Vital statistics of India. Vol. V, Reports of 1876 on armies & jails and on epidemic cholera
Year: 1876
Disease focus: Cholera
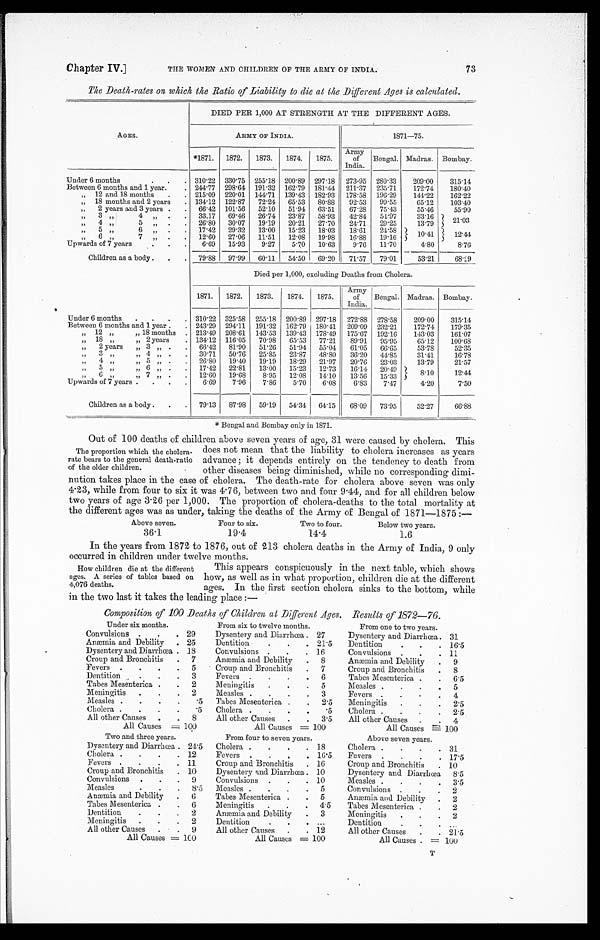
Chapter IV.] THE WOMEN AND CHILDREN OF THE ARMY OF INDIA. 73
The Death-rates on which the Ratio of Liability to die at the Different Ages is calculated.
AGES.
DIED PER 1,000 AT STRENGTH AT THE DIFFERENT AGES.
ARMY OF INDIA.
1 8 7 1 — 7 5 .
*1871. 1872. 1873. 1874. 1875. Army of
India. Bengal. Madras. Bombay.
Under 6 months
310.22 330.75 255.18 200.89 297.18 273.95 280.33 209.00 315.14
Between 6 months and 1 year
244.77 298.64 191.32 162.79 181.44 211.37 235.71 172.74 1 8 0 . 4 0
„ 12 and 18 months
215.09 220.01 144.71 139.43 182.93 178.58 196.29 141.22 162.22
„ 18 months and 2 years
134.12 122.87 72.24 65.53 80.88 92.53 99.55 65.12 103.40
„ 2 years and 3 years
66.42 101.56 52.10 51.94 63.51 67.28 75.43 55.46 55.90
„ 3 „ 4„ 33.17 69.46 26.74 23.87 58.93 42.84 54.97 33.16 21.03
„ 4 „
5 „
26.80 30.07 19.19 20.21 27.70 24.71 29.25 13.79
„ 5 „
6 „
17.42 29.32 13.00 15.23 18.03 18.61 24.58 10.41 12.44
„
6 „ 7 „
12.60 27.06 11.51 12.08 19.98 16.88 19.16
Upwards of 7 years
6.69 15.93 9.27 5.70 10.63 9.76 11.70
4.80
8.76
Children as a body
79.88 97.99 60.11 54.50 69.20 71.5 79.01 53.21 6 8 . 2 9
Died per 1,000, excluding Deaths from Cholera.
1871. 1872. 1873. 1874. 1875. Army of
India. Bengal. Madras. Bombay.
Under 6 months
310.22 325.58 255.18 200.89 297.18 272.88 278.58 209.00 315.14
Between 6 months and 1 year
243.29 294.11 191.32 162.79 180.41 209.09 232.21 172.74 179.35
„ 12 „ „ 18 months 213.49 208.61 143.53 139.43 178.49 175.67 192.16 143.03 161.07
„ 1 8 „ „
2 years
134.12 116.05 70.98 65.53 77.21 89.91 95.95 65.12 100.68
„
2 years „ 3 „
66.42 81.90 51.26 51.94 55.04 61.05 66.65 53.78 52.35
„ 3 „ „
4 „
30.71 50.76 25.85 23.87 48.80 36.20 44.85 31.41 16.78
„ 4 „ „
5 „
26.80 19.40 19.19 18.29 21.97 20.76 23.03 13.79 21.57
„ 5 „ „
6 „
17.42 22.81 13.00 15.23 12.73 16.14 20.49
8.10 12.44
„ 6 „ „ 7 „
12.60 19.68 8.95 12.08 14.10 13.56 15.33
Upwards of 7 years
6.69 7.96 7.86 5.70 6.08 6.83 7.47
4.20
7.50
Children as a body
79.13 87.98 59.19 54.34 64.1 5 68.09 73.95 52.27 6 6 . 8 8
*Bengal and Bombay only in 1871.
Out of 100 deaths of children above seven years of age, 31 were caused by cholera. This
does not mean that the liability to cholera increases as years
advance; it depends entirely on the tendency to death from
other diseases being diminished, while no corresponding dimi-
nution takes place in the case of cholera. The death-rate for cholera above seven was only
4.23, while from four to six it was 4.76, between two and four 9.44, and for all children below
two years of age 3.26 per 1,000. The proportion of cholera-deaths to the total mortality at
the different ages was as under, taking the deaths of the Army of Bengal of 1871—1875:—
Above seven.
Four to six.
Two to four.
Below two years.
36.1
19.4
14.4
1.6
In the years from 1872 to 1876, out of 213 cholera deaths in the Army of India, 9 only
occurred in children under twelve months.
This appears conspicuously in the next table, which shows
how, as well as in what proportion, children die at the different
ages. In the first section cholera sinks to the bottom, while
in the two last it takes the leading place:—
Composition of 100 Deaths of Children at Different Ages. Results of 1872—76.
Under six months.
From six to twelve months.
From one to two years.
Convulsions
29 Dysentery and Diarrhœa. 27
Dysentery and Diarrhœa. 31
Anæmia and Debility
25 Dentition
21.5 Dentition
1 6 . 5
Dysentery and Diarrhœa. 18 Convulsions
16
Convulsions
11
Croup and Bronchitis
7 Anæmia and Debility
8
Anæmia and Debility
9
Fevers
5 Croup and Bronchitis
7
Croup and Bronchitis
8
Dentition
3 Fevers
6
Tabes Mesenterica
6 . 5
Tabes Mesenterica 2 Meningitis
5
Measles
5
Meningitis
2 Measles
3
Fevers
4
Measles
.5 Tabes Mesenterica
2. 5 Meningitis
2 . 5
Cholera
.5 Cholera
.5 Cholera
2 . 5
All other Causes
8 All other Causes
3. 5
All other Causes
4
All Causes = 100
All Causes = 100
All Causes = 100
Two and three years.
From four to seven years.
Above seven years.
Dysentery and Diarrhœa 24.5 Cholera
18
Cholera
31
Cholera
12 Fevers
16.5 Fevers
1 7 . 5
Fevers
11 Croup and Bronchitis
16
Croup and Bronchitis
10
Croup and Bronchitis
10 Dysentery and Diarrhœa. 10
Dysentery and Diarrhœa 8 . 5
Convulsions
9 Convulsions
10
Measles
3.5
Measles
8. 5 Measles
5
Convulsions
2
Anæmia and Debility 6 Tabes Mesenterica
5
Anæmia and Debility
2
Tabes Mesenterica 6 Meningitis
4. 5 Tabes Mesenterica
2
Dentition
2 Anæmia and Debility
3
Meningitis
2
Meningitis
2 Dentition
Dentition
All other Causes
9 All other Causes
12
All other Causes
21.5
All Causes = 100
All Causes = 100
All Causes = 1 0 0
The proportion which the cholera-
rate bears to the general death-ratio
of the older children.
How children die at the different
ages. A series of tables based on
4,076 deaths.
T